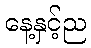
နေ့နှင့်ည